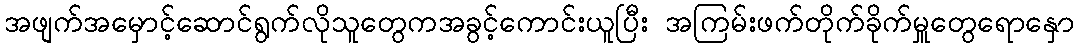
အဖျက်အမှောင့်ဆောင်ရွက်လိုသူတွေကအခွင့်ကောင်းယူပြီး အကြမ်းဖက်တိုက်ခိုက်မှူတွေရောနှော